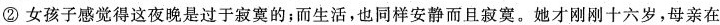
②女孩子感觉得这夜晚是过于案的；而生活，也同样安静而且寂寞。她才刚刚十六岁，母亲在